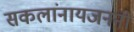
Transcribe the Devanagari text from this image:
सकलांनायजननी